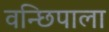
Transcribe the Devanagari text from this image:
वन्छिपाला